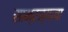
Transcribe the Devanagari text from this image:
साम्रज्याचा